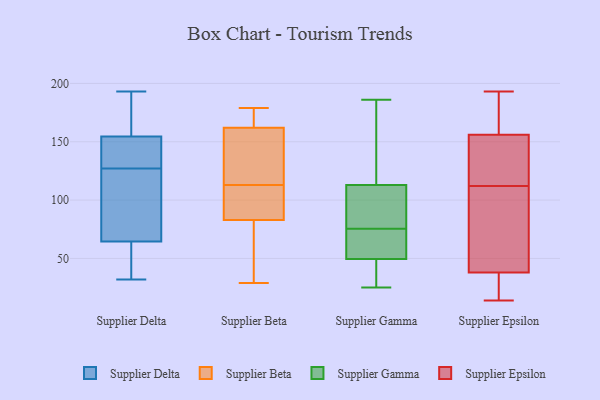
{"axis": {"x": "Latency (ms)", "y": "Value"}, "legend": ["Supplier Beta", "Supplier Delta", "Supplier Epsilon", "Supplier Gamma"], "data": [{"x": "", "y": 93, "type": "Supplier Delta"}, {"x": "", "y": 127, "type": "Supplier Delta"}, {"x": "", "y": 53, "type": "Supplier Delta"}, {"x": "", "y": 55, "type": "Supplier Delta"}, {"x": "", "y": 167, "type": "Supplier Delta"}, {"x": "", "y": 153, "type": "Supplier Delta"}, {"x": "", "y": 146, "type": "Supplier Delta"}, {"x": "", "y": 149, "type": "Supplier Delta"}, {"x": "", "y": 120, "type": "Supplier Delta"}, {"x": "", "y": 113, "type": "Supplier Delta"}, {"x": "", "y": 193, "type": "Supplier Delta"}, {"x": "", "y": 155, "type": "Supplier Delta"}, {"x": "", "y": 35, "type": "Supplier Delta"}, {"x": "", "y": 32, "type": "Supplier Delta"}, {"x": "", "y": 178, "type": "Supplier Delta"}, {"x": "", "y": 179, "type": "Supplier Beta"}, {"x": "", "y": 162, "type": "Supplier Beta"}, {"x": "", "y": 52, "type": "Supplier Beta"}, {"x": "", "y": 106, "type": "Supplier Beta"}, {"x": "", "y": 165, "type": "Supplier Beta"}, {"x": "", "y": 158, "type": "Supplier Beta"}, {"x": "", "y": 148, "type": "Supplier Beta"}, {"x": "", "y": 29, "type": "Supplier Beta"}, {"x": "", "y": 101, "type": "Supplier Beta"}, {"x": "", "y": 120, "type": "Supplier Beta"}, {"x": "", "y": 83, "type": "Supplier Beta"}, {"x": "", "y": 104, "type": "Supplier Beta"}, {"x": "", "y": 49, "type": "Supplier Beta"}, {"x": "", "y": 166, "type": "Supplier Beta"}, {"x": "", "y": 25, "type": "Supplier Gamma"}, {"x": "", "y": 51, "type": "Supplier Gamma"}, {"x": "", "y": 84, "type": "Supplier Gamma"}, {"x": "", "y": 48, "type": "Supplier Gamma"}, {"x": "", "y": 152, "type": "Supplier Gamma"}, {"x": "", "y": 162, "type": "Supplier Gamma"}, {"x": "", "y": 54, "type": "Supplier Gamma"}, {"x": "", "y": 94, "type": "Supplier Gamma"}, {"x": "", "y": 67, "type": "Supplier Gamma"}, {"x": "", "y": 186, "type": "Supplier Gamma"}, {"x": "", "y": 64, "type": "Supplier Gamma"}, {"x": "", "y": 45, "type": "Supplier Gamma"}, {"x": "", "y": 90, "type": "Supplier Gamma"}, {"x": "", "y": 94, "type": "Supplier Gamma"}, {"x": "", "y": 132, "type": "Supplier Gamma"}, {"x": "", "y": 33, "type": "Supplier Gamma"}, {"x": "", "y": 179, "type": "Supplier Epsilon"}, {"x": "", "y": 146, "type": "Supplier Epsilon"}, {"x": "", "y": 140, "type": "Supplier Epsilon"}, {"x": "", "y": 177, "type": "Supplier Epsilon"}, {"x": "", "y": 36, "type": "Supplier Epsilon"}, {"x": "", "y": 26, "type": "Supplier Epsilon"}, {"x": "", "y": 14, "type": "Supplier Epsilon"}, {"x": "", "y": 46, "type": "Supplier Epsilon"}, {"x": "", "y": 56, "type": "Supplier Epsilon"}, {"x": "", "y": 36, "type": "Supplier Epsilon"}, {"x": "", "y": 183, "type": "Supplier Epsilon"}, {"x": "", "y": 95, "type": "Supplier Epsilon"}, {"x": "", "y": 38, "type": "Supplier Epsilon"}, {"x": "", "y": 137, "type": "Supplier Epsilon"}, {"x": "", "y": 193, "type": "Supplier Epsilon"}, {"x": "", "y": 129, "type": "Supplier Epsilon"}, {"x": "", "y": 156, "type": "Supplier Epsilon"}, {"x": "", "y": 67, "type": "Supplier Epsilon"}]}